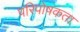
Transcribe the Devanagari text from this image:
परिपोषकता